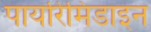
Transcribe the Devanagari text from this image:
पायरिमिडाइन